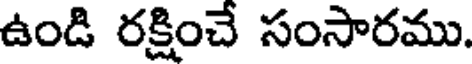
ఉండి రక్షించే సంసారము.